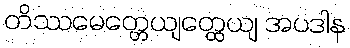
တိဿမေတ္တေယျတ္ထေယျ အပဒါန